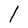
Character: l